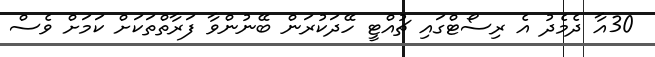
30އާ ދެމެދު އެ ރިސޯޓްގައި ޗުއްޓީ ހޭދަކުރަން ބޭނުންވާ ފަރާތްތަކަށް ކަމަށް ވެސް